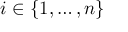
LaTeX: i \in \{ 1 , \dots , n \}